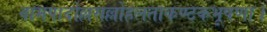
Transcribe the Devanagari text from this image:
वामपादोल्लसल्लोहलताकण्टकभूषणा।